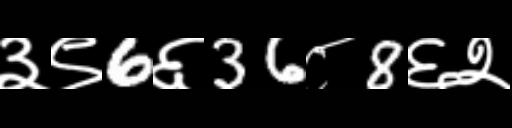
Text: ३९6६36८8६२